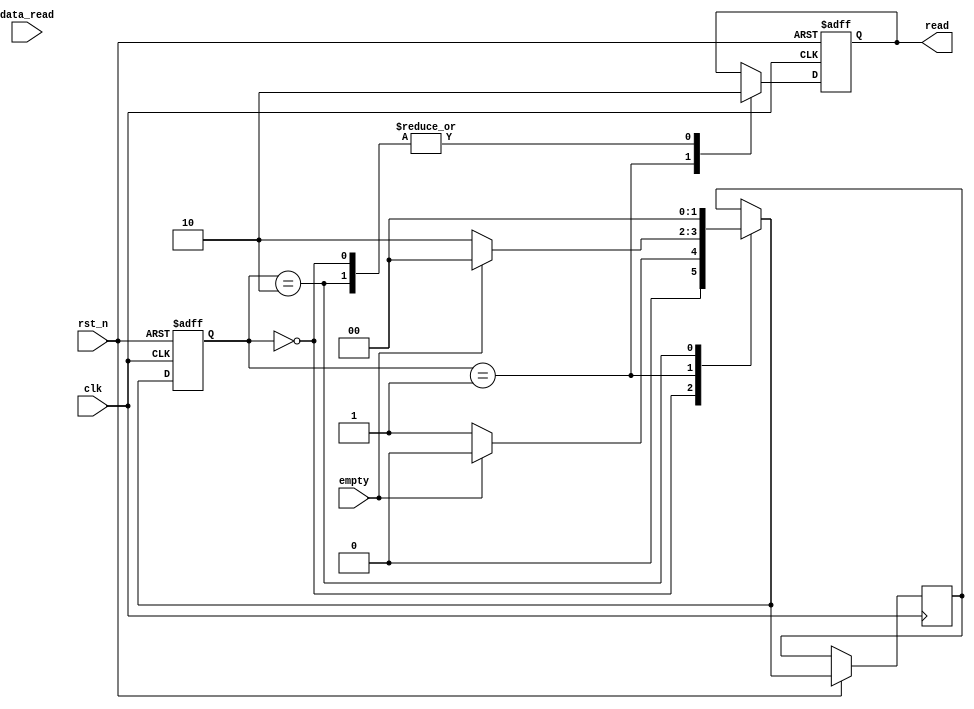

module ctrl2 (
    input wire              clk,
    input wire              rst_n,
    input wire              empty,
    input wire [31:0]       data_read,  // 32-bit data read from FIFO
    output reg              read
   
);

    parameter IDLE_STATE = 2'b00;
    parameter READ_STATE = 2'b01;
    parameter TERMINATE = 2'b10;

    reg [1:0] state, next_state;
    reg [2:0] send_counter;

    always @(posedge clk or negedge rst_n) begin
        if (!rst_n) begin
            read <= 0;
            send_counter <= 0;
            state <= IDLE_STATE;
        end else begin
            case (state)
                IDLE_STATE: begin
                    read <= 0;
             if (!empty) begin
                        next_state = READ_STATE;
                    end else begin
                        next_state = IDLE_STATE;
                    end
                end
                READ_STATE: begin
                    read <= 1;
                 if (empty) begin
                        next_state = IDLE_STATE;
                    end else begin
                        next_state = TERMINATE;
                    end
                end
                TERMINATE: begin
                    read <= 0;
                  next_state = IDLE_STATE;
                end
            endcase
            state <= next_state;
        end
    end
endmodule